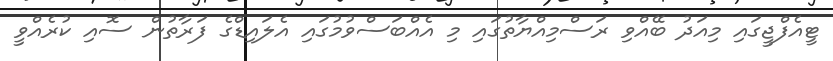
ޓީއެފްޖީގައި މިއަދު ބޭއްވި ރަސްމިއްޔާތުގައި މި އެއްބަސްވުމުގައި އެލައިޑްގެ ފަރާތުން ސޮއި ކުރެއްވީ